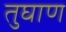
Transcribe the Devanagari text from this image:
तुघाण